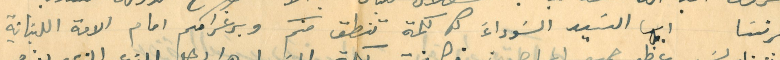
فرنسا ايها السَيد السَوداءَ كل كلمة تنطق منكم وبرغرامكم امام الامة اللبنانية